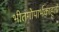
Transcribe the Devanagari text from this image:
भीतगोपार्भकाहूतो